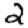
Digit: 2